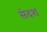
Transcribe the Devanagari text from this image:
संदश